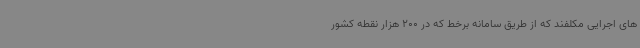
های اجرایی مکلفند که از طریق سامانه برخط که در 200 هزار نقطه کشور